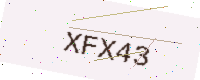
Text: XFX43